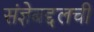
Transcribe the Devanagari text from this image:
संज्ञेबद्दलची